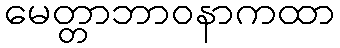
မေတ္တာဘာဝနာကထာ